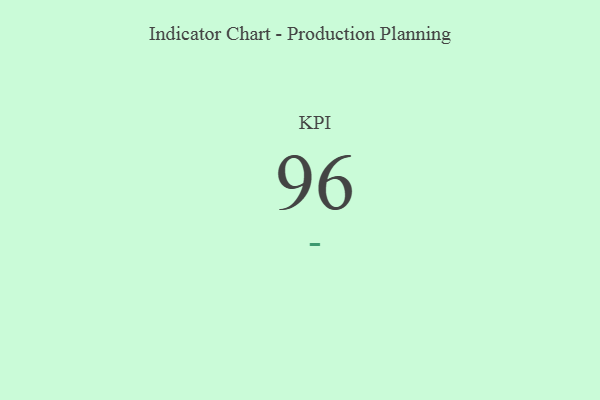
{"axis": {"x": "KPI", "y": "Value"}, "legend": [""], "data": [{"x": "KPI", "y": 96, "type": ""}]}